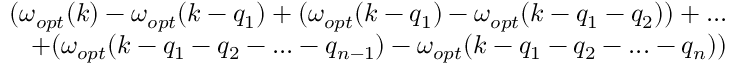
\begin{array} { r } { ( \omega _ { o p t } ( k ) - \omega _ { o p t } ( k - q _ { 1 } ) + ( \omega _ { o p t } ( k - q _ { 1 } ) - \omega _ { o p t } ( k - q _ { 1 } - q _ { 2 } ) ) + . . . } \\ { + ( \omega _ { o p t } ( k - q _ { 1 } - q _ { 2 } - . . . - q _ { n - 1 } ) - \omega _ { o p t } ( k - q _ { 1 } - q _ { 2 } - . . . - q _ { n } ) ) } \end{array}